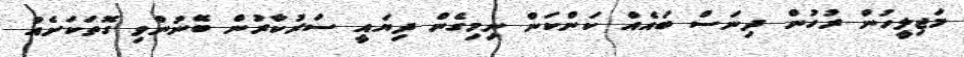
މަޖިލީހުން ރުހުން ދިނަސް ބައެއް ކަންކަން ނިމިގެން ދިޔައީ ސަރުކާރުން ބޭނުންވި ގޮތަކަށެއް